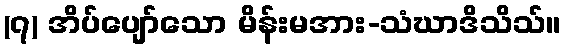
(၇) အိပ်ပျော်သော မိန်းမအား-သံဃာဒိသိသ်။